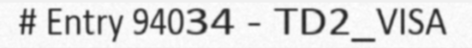
# Entry 94034 - TD2_VISA